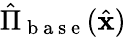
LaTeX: \hat{\Pi}_{\mathrm{~b~a~s~e~}}(\hat{\mathbf{x}})